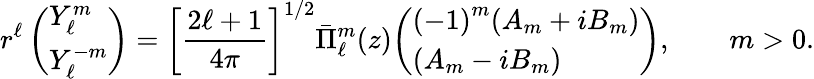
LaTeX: r^{\ell}\, {\left(\begin{array}{l}{Y_{\ell}^{m}}\\ {Y_{\ell}^{-m}}\end{array}\right)}=\left[{\frac{2\ell+1}{4\pi}}\right]^{1/2}{\bar{\Pi}}_{\ell}^{m}(z){\left(\begin{array}{l}{\left(-1\right)^{m}(A_{m}+iB_{m})}\\ {(A_{m}-iB_{m})}\end{array}\right)},\qquad m>0.